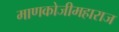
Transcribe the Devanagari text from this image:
माणकोजीमहाराज